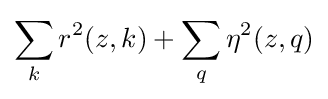
\sum _{k}r^{2}(z,k)+\sum _{q}\eta ^{2}(z,q)